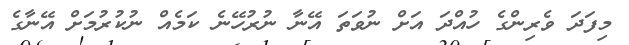
މިފަދަ ވެރިންގެ ހުއްދަ އަށް ނުވަތަ އޭނާ ނުރުހޭނެ ކަމެއް ނުކުރުމަށް އޭނާގެ